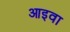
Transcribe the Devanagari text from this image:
आइवा